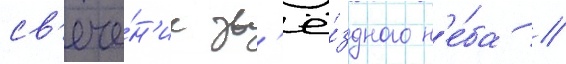
св'ече́н'ие зв'ё́здного н'е́ба //